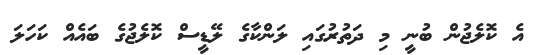
އެ ކޮލެޖުން ބުނީ މި ދަތުރުގައި ލަންކާގެ ލޭޑީސް ކޮލެޖުގެ ބައެއް ކަހަލަ